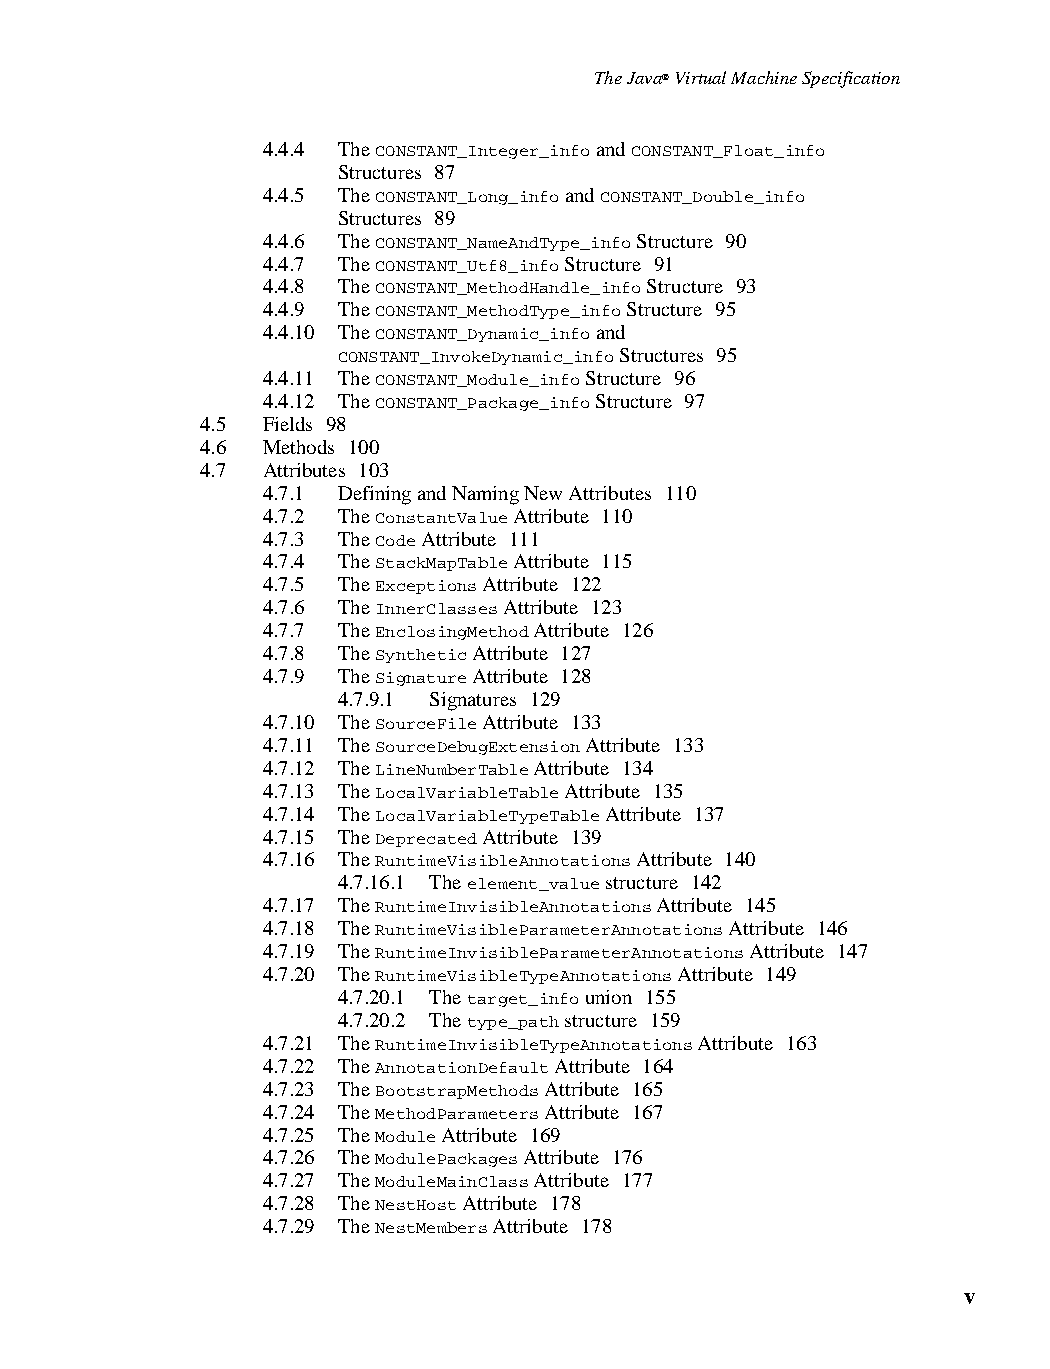
The Java® Virtual Machine Specification
 4.4.4 The CONSTANT_Integer_info and CONSTANT_Float_info
 Structures 87
 4.4.5 The CONSTANT_Long_info and CONSTANT_Double_info
 Structures 89
 4.4.6 The CONSTANT_NameAndType_info Structure 90
 4.4.7 The CONSTANT_Utf8_info Structure 91
 4.4.8 The CONSTANT_MethodHandle_info Structure 93
 4.4.9 The CONSTANT_MethodType_info Structure 95
 4.4.10 The CONSTANT_Dynamic_info and
 CONSTANT_InvokeDynamic_info Structures 95
 4.4.11 The CONSTANT_Module_info Structure 96
 4.4.12 The CONSTANT_Package_info Structure 97
 4.5 Fields 98
 4.6 Methods 100
 4.7 Attributes 103
 4.7.1 Defining and Naming New Attributes 110
 4.7.2 The ConstantValue Attribute 110
 4.7.3 The Code Attribute 111
 4.7.4 The StackMapTable Attribute 115
 4.7.5 The Exceptions Attribute 122
 4.7.6 The InnerClasses Attribute 123
 4.7.7 The EnclosingMethod Attribute 126
 4.7.8 The Synthetic Attribute 127
 4.7.9 The Signature Attribute 128
 4.7.9.1 Signatures 129
 4.7.10 The SourceFile Attribute 133
 4.7.11 The SourceDebugExtension Attribute 133
 4.7.12 The LineNumberTable Attribute 134
 4.7.13 The LocalVariableTable Attribute 135
 4.7.14 The LocalVariableTypeTable Attribute 137
 4.7.15 The Deprecated Attribute 139
 4.7.16 The RuntimeVisibleAnnotations Attribute 140
 4.7.16.1 The element_value structure 142
 4.7.17 The RuntimeInvisibleAnnotations Attribute 145
 4.7.18 The RuntimeVisibleParameterAnnotations Attribute 146
 4.7.19 The RuntimeInvisibleParameterAnnotations Attribute 147
 4.7.20 The RuntimeVisibleTypeAnnotations Attribute 149
 4.7.20.1 The target_info union 155
 4.7.20.2 The type_path structure 159
 4.7.21 The RuntimeInvisibleTypeAnnotations Attribute 163
 4.7.22 The AnnotationDefault Attribute 164
 4.7.23 The BootstrapMethods Attribute 165
 4.7.24 The MethodParameters Attribute 167
 4.7.25 The Module Attribute 169
 4.7.26 The ModulePackages Attribute 176
 4.7.27 The ModuleMainClass Attribute 177
 4.7.28 The NestHost Attribute 178
 4.7.29 The NestMembers Attribute 178
 v